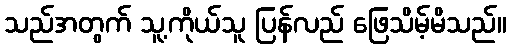
သည်အတွက် သူ့ကိုယ်သူ ပြန်လည် ဖြေသိမ့်မိသည်။